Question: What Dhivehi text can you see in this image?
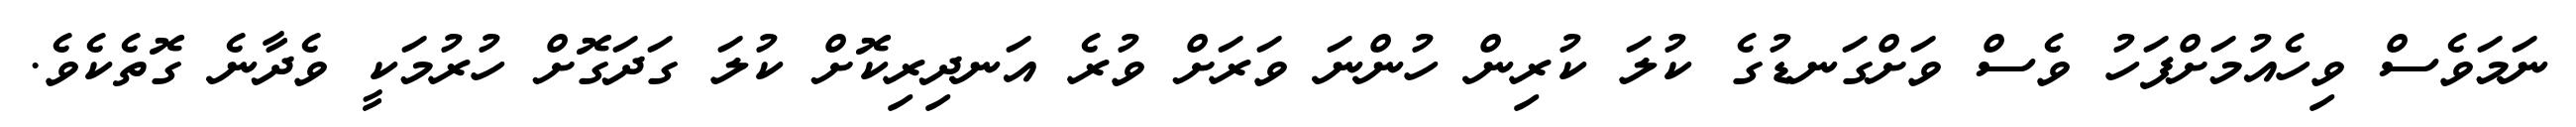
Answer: ނަމަވެސް ވިހެއުމަށްފަހު ވެސް ވަށްގަނޑުގެ ކުލަ ކުރިން ހުންނަ ވަރަށް ވުރެ އަނދިރިކޮށް ކުލަ ގަދަގޮށް ހުރުމަކީ ވެދާނެ ގޮތެކެވެ.